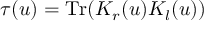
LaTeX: \tau ( u ) = \mathrm { T r } ( { \cal K } _ { r } ( u ) { \cal K } _ { l } ( u ) )